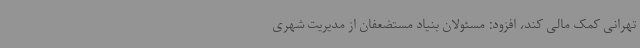
تهرانی کمک مالی کند، افزود: مسئولان بنیاد مستضعفان از مدیریت شهری